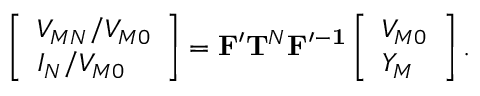
\left[ \begin{array} { l } { V _ { M N } / V _ { M 0 } } \\ { I _ { N } / V _ { M 0 } } \end{array} \right] = \mathbf { F ^ { \prime } } \mathbf { T } ^ { N } \mathbf { F ^ { \prime - 1 } } \left[ \begin{array} { l } { V _ { M 0 } } \\ { Y _ { M } } \end{array} \right] .